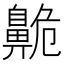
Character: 𪖡